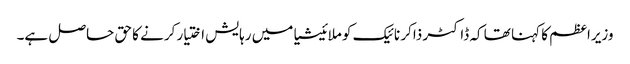
وزیراعظم کا کہنا تھا کہ ڈاکٹر ذاکر نائیک کو ملائیشیا میں رہایش اختیار کرنے کا حق حاصل ہے۔